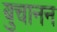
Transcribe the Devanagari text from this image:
बुचानन